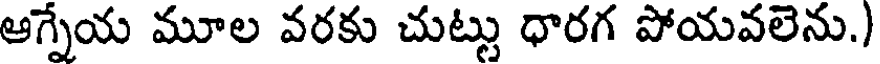
ఆగ్నేయ మూల వరకు చుట్టు ధారగ పోయవలెను.)